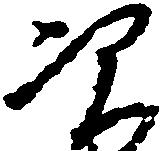
次